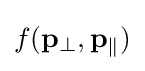
f(\mathbf {p_{\perp }} ,\mathbf {p_{\parallel }} )